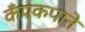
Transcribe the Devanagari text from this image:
कँपकपाने